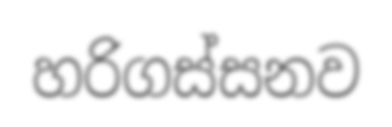
හරිගස්සනව